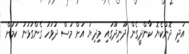
އަދި ދޮންކެޔޮ ކާންދީގެން ދޫނިދޫގައި މިދިޔަ އަށް މަސް ދުވަހު ގެންގުޅުނު ކަމަށް